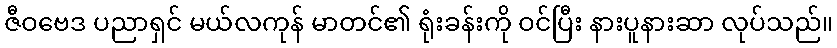
ဇီဝဗေဒ ပညာရှင် မယ်လကုန် မာတင်၏ ရုံးခန်းကို ဝင်ပြီး နားပူနားဆာ လုပ်သည်။